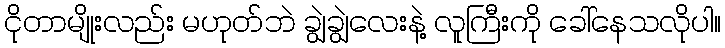
ငိုတာမျိုးလည်း မဟုတ်ဘဲ ချွဲချွဲလေးနဲ့ လူကြီးကို ခေါ်နေသလိုပါ။